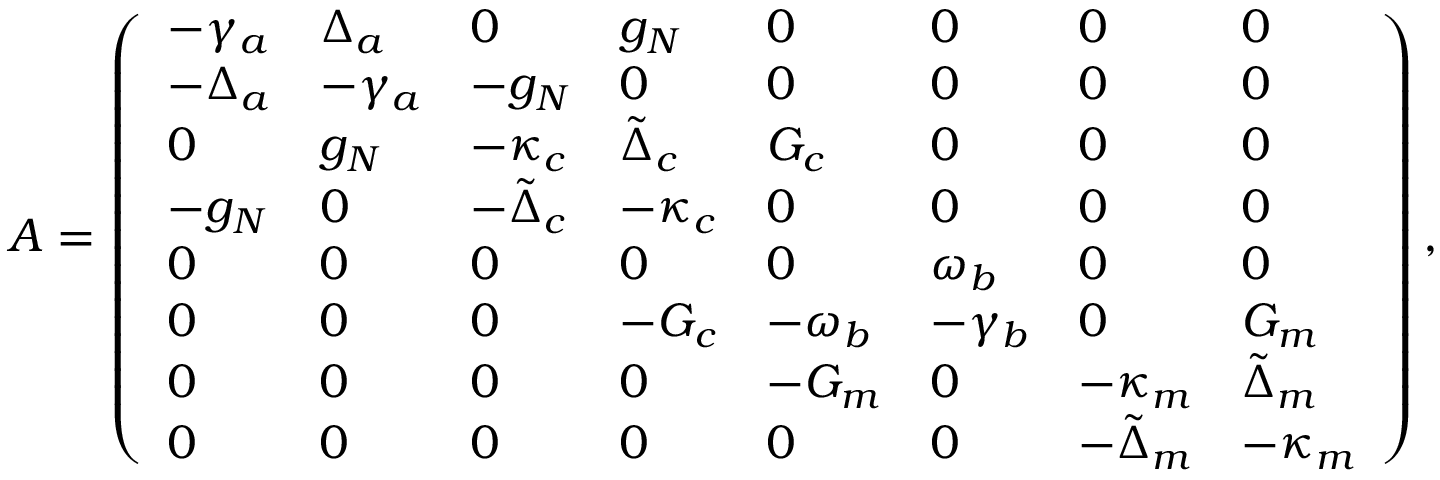
A = \left( \begin{array} { l l l l l l l l } { - \gamma _ { a } } & { \Delta _ { a } } & { 0 } & { g _ { N } } & { 0 } & { 0 } & { 0 } & { 0 } \\ { - \Delta _ { a } } & { - \gamma _ { a } } & { - g _ { N } } & { 0 } & { 0 } & { 0 } & { 0 } & { 0 } \\ { 0 } & { g _ { N } } & { - \kappa _ { c } } & { \tilde { \Delta } _ { c } } & { G _ { c } } & { 0 } & { 0 } & { 0 } \\ { - g _ { N } } & { 0 } & { - \tilde { \Delta } _ { c } } & { - \kappa _ { c } } & { 0 } & { 0 } & { 0 } & { 0 } \\ { 0 } & { 0 } & { 0 } & { 0 } & { 0 } & { \omega _ { b } } & { 0 } & { 0 } \\ { 0 } & { 0 } & { 0 } & { - G _ { c } } & { - \omega _ { b } } & { - \gamma _ { b } } & { 0 } & { G _ { m } } \\ { 0 } & { 0 } & { 0 } & { 0 } & { - G _ { m } } & { 0 } & { - \kappa _ { m } } & { \tilde { \Delta } _ { m } } \\ { 0 } & { 0 } & { 0 } & { 0 } & { 0 } & { 0 } & { - \tilde { \Delta } _ { m } } & { - \kappa _ { m } } \end{array} \right) ,